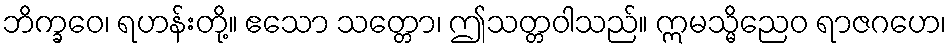
ဘိက္ခဝေ၊ ရဟန်းတို့။ ဧသော သတ္တော၊ ဤသတ္တဝါသည်။ ဣမသ္မိညေဝ ရာဇဂဟေ၊